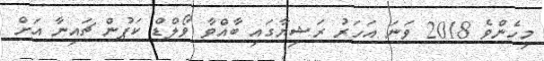
މިހެންވެ 2018 ވަނަ އަހަރު ރަޝިޔާގައި ބާއްވާ ވޯލްޑް ކަޕުން ޗައިނާ އަށް